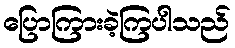
ပြောကြားခဲ့ကြပါသည်